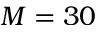
M = 3 0